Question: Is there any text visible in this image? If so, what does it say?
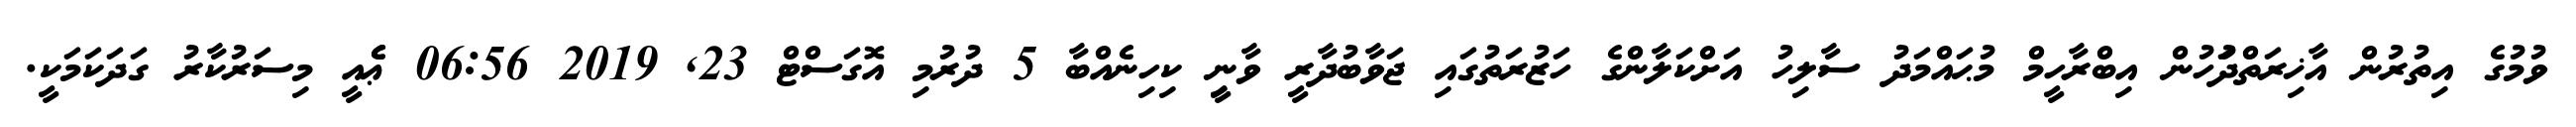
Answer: ވުމުގެ އިތުރުން އާޚިރަތްދުަހުން އިބްރާހީމް މުޙައްމަދު ސާލިހު އަށްކަލާންގެ ހަޒުރަތުގައި ޖަވާބުދާރީ ވާނީި ކިހިނެއްބާ 5 ދުރުމި އޮގަސްޓް 23, 2019 06:56 ޢެެއީ މިސަރުކާރު ގަދަކަމަކީ.